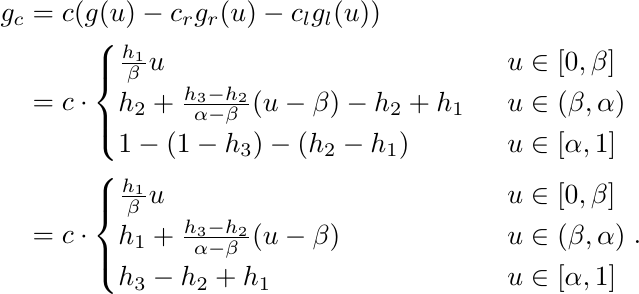
    \begin{align*}
        g_c &= c ( g(u) - c_r g_{r}(u) - c_l g_{l}(u))  \\
        &= c \cdot \begin{cases}
            \frac{h_1}{\beta} u \hspace{40mm} &u \in [0, \beta] \\
            h_2 + \frac{h_3 - h_2 }{\alpha- \beta}(u-\beta) - h_2 + h_1
            & u \in (\beta, \alpha) \\
            1 - (1- h_3) - (h_2 - h_1) & u \in [\alpha,1]
        \end{cases} \\
        &= c \cdot \begin{cases}
            \frac{h_1}{\beta} u \hspace{40mm} & u \in [0, \beta] \\
            h_1 + \frac{h_3 - h_2}{\alpha - \beta} (u - \beta)
            & u \in ( \beta, \alpha) \\
            h_3 - h_2 + h_1  & u \in [\alpha,1]
        \end{cases}.
    \end{align*}